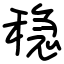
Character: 稳